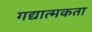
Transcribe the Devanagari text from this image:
गद्यात्मकता